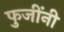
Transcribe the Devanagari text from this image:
फुजींनी